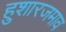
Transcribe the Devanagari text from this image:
हुशारजमाव